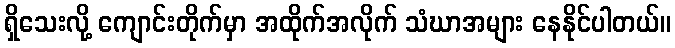
ရှိသေးလို့ ကျောင်းတိုက်မှာ အထိုက်အလိုက် သံဃာအများ နေနိုင်ပါတယ်။